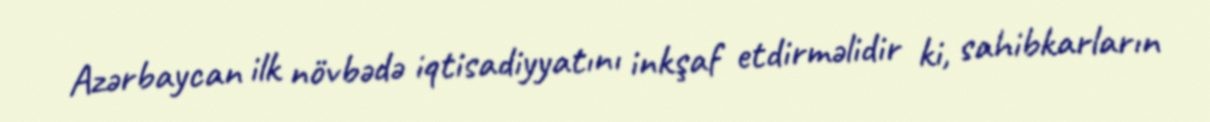
Azərbaycan ilk növbədə iqtisadiyyatını inkşaf etdirməlidir ki, sahibkarların